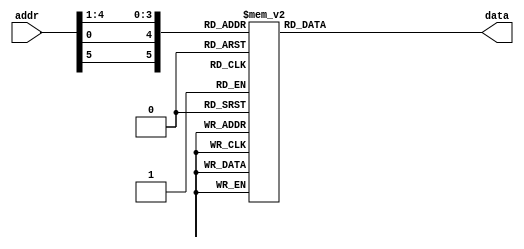
/*
 *  This file contains a collection of S-Boxes. Each one should be
 *   implemented as distributed ram.
 */
module sbox_1
    (
        input       [1:6] addr,
        output reg  [1:4] data
    );

    always @ (addr)
    begin
        case ({addr[1], addr[6], addr[2:5]})
             0:  data =  14;
             1:  data =   4;
             2:  data =  13;
             3:  data =   1;
             4:  data =   2;
             5:  data =  15;
             6:  data =  11;
             7:  data =   8;
             8:  data =   3;
             9:  data =  10;
            10:  data =   6;
            11:  data =  12;
            12:  data =   5;
            13:  data =   9;
            14:  data =   0;
            15:  data =   7;

            16:  data =   0;
            17:  data =  15;
            18:  data =   7;
            19:  data =   4;
            20:  data =  14;
            21:  data =   2;
            22:  data =  13;
            23:  data =   1;
            24:  data =  10;
            25:  data =   6;
            26:  data =  12;
            27:  data =  11;
            28:  data =   9;
            29:  data =   5;
            30:  data =   3;
            31:  data =   8;

            32:  data =   4;
            33:  data =   1;
            34:  data =  14;
            35:  data =   8;
            36:  data =  13;
            37:  data =   6;
            38:  data =   2;
            39:  data =  11;
            40:  data =  15;
            41:  data =  12;
            42:  data =   9;
            43:  data =   7;
            44:  data =   3;
            45:  data =  10;
            46:  data =   5;
            47:  data =   0;

            48:  data =  15;
            49:  data =  12;
            50:  data =   8;
            51:  data =   2;
            52:  data =   4;
            53:  data =   9;
            54:  data =   1;
            55:  data =   7;
            56:  data =   5;
            57:  data =  11;
            58:  data =   3;
            59:  data =  14;
            60:  data =  10;
            61:  data =   0;
            62:  data =   6;
            63:  data =  13;
        endcase
    end
endmodule

module sbox_2
    (
        input       [1:6] addr,
        output reg  [1:4] data
    );

    always @ (addr)
    begin
        case ({addr[1], addr[6], addr[2:5]})
             0:  data = 15;
             1:  data =  1;
             2:  data =  8;
             3:  data = 14;
             4:  data =  6;
             5:  data = 11;
             6:  data =  3;
             7:  data =  4;
             8:  data =  9;
             9:  data =  7;
            10:  data =  2;
            11:  data = 13;
            12:  data = 12;
            13:  data =  0;
            14:  data =  5;
            15:  data = 10;

            16:  data =  3;
            17:  data = 13;
            18:  data =  4;
            19:  data =  7;
            20:  data = 15;
            21:  data =  2;
            22:  data =  8;
            23:  data = 14;
            24:  data = 12;
            25:  data =  0;
            26:  data =  1;
            27:  data = 10;
            28:  data =  6;
            29:  data =  9;
            30:  data = 11;
            31:  data =  5;

            32:  data =  0;
            33:  data = 14;
            34:  data =  7;
            35:  data = 11;
            36:  data = 10;
            37:  data =  4;
            38:  data = 13;
            39:  data =  1;
            40:  data =  5;
            41:  data =  8;
            42:  data = 12;
            43:  data =  6;
            44:  data =  9;
            45:  data =  3;
            46:  data =  2;
            47:  data = 15;

            48:  data = 13;
            49:  data =  8;
            50:  data = 10;
            51:  data =  1;
            52:  data =  3;
            53:  data = 15;
            54:  data =  4;
            55:  data =  2;
            56:  data = 11;
            57:  data =  6;
            58:  data =  7;
            59:  data = 12;
            60:  data =  0;
            61:  data =  5;
            62:  data = 14;
            63:  data =  9;
        endcase
    end
endmodule

module sbox_3
    (
        input       [1:6] addr,
        output reg  [1:4] data
    );

    always @ (addr)
    begin
        case ({addr[1], addr[6], addr[2:5]})
             0:  data = 10;
             1:  data =  0;
             2:  data =  9;
             3:  data = 14;
             4:  data =  6;
             5:  data =  3;
             6:  data = 15;
             7:  data =  5;
             8:  data =  1;
             9:  data = 13;
            10:  data = 12;
            11:  data =  7;
            12:  data = 11;
            13:  data =  4;
            14:  data =  2;
            15:  data =  8;

            16:  data = 13;
            17:  data =  7;
            18:  data =  0;
            19:  data =  9;
            20:  data =  3;
            21:  data =  4;
            22:  data =  6;
            23:  data = 10;
            24:  data =  2;
            25:  data =  8;
            26:  data =  5;
            27:  data = 14;
            28:  data = 12;
            29:  data = 11;
            30:  data = 15;
            31:  data =  1;

            32:  data = 13;
            33:  data =  6;
            34:  data =  4;
            35:  data =  9;
            36:  data =  8;
            37:  data = 15;
            38:  data =  3;
            39:  data =  0;
            40:  data = 11;
            41:  data =  1;
            42:  data =  2;
            43:  data = 12;
            44:  data =  5;
            45:  data = 10;
            46:  data = 14;
            47:  data =  7;

            48:  data =  1;
            49:  data = 10;
            50:  data = 13;
            51:  data =  0;
            52:  data =  6;
            53:  data =  9;
            54:  data =  8;
            55:  data =  7;
            56:  data =  4;
            57:  data = 15;
            58:  data = 14;
            59:  data =  3;
            60:  data = 11;
            61:  data =  5;
            62:  data =  2;
            63:  data = 12;
        endcase
    end
endmodule

module sbox_4
    (
        input       [1:6] addr,
        output reg  [1:4] data
    );

    always @ (addr)
    begin
        case ({addr[1], addr[6], addr[2:5]})
             0:  data =  7;
             1:  data = 13;
             2:  data = 14;
             3:  data =  3;
             4:  data =  0;
             5:  data =  6;
             6:  data =  9;
             7:  data = 10;
             8:  data =  1;
             9:  data =  2;
            10:  data =  8;
            11:  data =  5;
            12:  data = 11;
            13:  data = 12;
            14:  data =  4;
            15:  data = 15;

            16:  data = 13;
            17:  data =  8;
            18:  data = 11;
            19:  data =  5;
            20:  data =  6;
            21:  data = 15;
            22:  data =  0;
            23:  data =  3;
            24:  data =  4;
            25:  data =  7;
            26:  data =  2;
            27:  data = 12;
            28:  data =  1;
            29:  data = 10;
            30:  data = 14;
            31:  data =  9;

            32:  data = 10;
            33:  data =  6;
            34:  data =  9;
            35:  data =  0;
            36:  data = 12;
            37:  data = 11;
            38:  data =  7;
            39:  data = 13;
            40:  data = 15;
            41:  data =  1;
            42:  data =  3;
            43:  data = 14;
            44:  data =  5;
            45:  data =  2;
            46:  data =  8;
            47:  data =  4;

            48:  data =  3;
            49:  data = 15;
            50:  data =  0;
            51:  data =  6;
            52:  data = 10;
            53:  data =  1;
            54:  data = 13;
            55:  data =  8;
            56:  data =  9;
            57:  data =  4;
            58:  data =  5;
            59:  data = 11;
            60:  data = 12;
            61:  data =  7;
            62:  data =  2;
            63:  data = 14;
        endcase
    end
endmodule

module sbox_5
    (
        input       [1:6] addr,
        output reg  [1:4] data
    );

    always @ (addr)
    begin
        case ({addr[1], addr[6], addr[2:5]})
             0:  data =  2;
             1:  data = 12;
             2:  data =  4;
             3:  data =  1;
             4:  data =  7;
             5:  data = 10;
             6:  data = 11;
             7:  data =  6;
             8:  data =  8;
             9:  data =  5;
            10:  data =  3;
            11:  data = 15;
            12:  data = 13;
            13:  data =  0;
            14:  data = 14;
            15:  data =  9;

            16:  data = 14;
            17:  data = 11;
            18:  data =  2;
            19:  data = 12;
            20:  data =  4;
            21:  data =  7;
            22:  data = 13;
            23:  data =  1;
            24:  data =  5;
            25:  data =  0;
            26:  data = 15;
            27:  data = 10;
            28:  data =  3;
            29:  data =  9;
            30:  data =  8;
            31:  data =  6;

            32:  data =  4;
            33:  data =  2;
            34:  data =  1;
            35:  data = 11;
            36:  data = 10;
            37:  data = 13;
            38:  data =  7;
            39:  data =  8;
            40:  data = 15;
            41:  data =  9;
            42:  data = 12;
            43:  data =  5;
            44:  data =  6;
            45:  data =  3;
            46:  data =  0;
            47:  data = 14;

            48:  data = 11;
            49:  data =  8;
            50:  data = 12;
            51:  data =  7;
            52:  data =  1;
            53:  data = 14;
            54:  data =  2;
            55:  data = 13;
            56:  data =  6;
            57:  data = 15;
            58:  data =  0;
            59:  data =  9;
            60:  data = 10;
            61:  data =  4;
            62:  data =  5;
            63:  data =  3;
        endcase
    end
endmodule

module sbox_6
    (
        input       [1:6] addr,
        output reg  [1:4] data
    );

    always @ (addr)
    begin
        case ({addr[1], addr[6], addr[2:5]})
             0:  data = 12;
             1:  data =  1;
             2:  data = 10;
             3:  data = 15;
             4:  data =  9;
             5:  data =  2;
             6:  data =  6;
             7:  data =  8;
             8:  data =  0;
             9:  data = 13;
            10:  data =  3;
            11:  data =  4;
            12:  data = 14;
            13:  data =  7;
            14:  data =  5;
            15:  data = 11;

            16:  data = 10;
            17:  data = 15;
            18:  data =  4;
            19:  data =  2;
            20:  data =  7;
            21:  data = 12;
            22:  data =  9;
            23:  data =  5;
            24:  data =  6;
            25:  data =  1;
            26:  data = 13;
            27:  data = 14;
            28:  data =  0;
            29:  data = 11;
            30:  data =  3;
            31:  data =  8;

            32:  data =  9;
            33:  data = 14;
            34:  data = 15;
            35:  data =  5;
            36:  data =  2;
            37:  data =  8;
            38:  data = 12;
            39:  data =  3;
            40:  data =  7;
            41:  data =  0;
            42:  data =  4;
            43:  data = 10;
            44:  data =  1;
            45:  data = 13;
            46:  data = 11;
            47:  data =  6;

            48:  data =  4;
            49:  data =  3;
            50:  data =  2;
            51:  data = 12;
            52:  data =  9;
            53:  data =  5;
            54:  data = 15;
            55:  data = 10;
            56:  data = 11;
            57:  data = 14;
            58:  data =  1;
            59:  data =  7;
            60:  data =  6;
            61:  data =  0;
            62:  data =  8;
            63:  data = 13;
        endcase
    end
endmodule

module sbox_7
    (
        input       [1:6] addr,
        output reg  [1:4] data
    );

    always @ (addr)
    begin
        case ({addr[1], addr[6], addr[2:5]})
             0:  data =  4;
             1:  data = 11;
             2:  data =  2;
             3:  data = 14;
             4:  data = 15;
             5:  data =  0;
             6:  data =  8;
             7:  data = 13;
             8:  data =  3;
             9:  data = 12;
            10:  data =  9;
            11:  data =  7;
            12:  data =  5;
            13:  data = 10;
            14:  data =  6;
            15:  data =  1;

            16:  data = 13;
            17:  data =  0;
            18:  data = 11;
            19:  data =  7;
            20:  data =  4;
            21:  data =  9;
            22:  data =  1;
            23:  data = 10;
            24:  data = 14;
            25:  data =  3;
            26:  data =  5;
            27:  data = 12;
            28:  data =  2;
            29:  data = 15;
            30:  data =  8;
            31:  data =  6;

            32:  data =  1;
            33:  data =  4;
            34:  data = 11;
            35:  data = 13;
            36:  data = 12;
            37:  data =  3;
            38:  data =  7;
            39:  data = 14;
            40:  data = 10;
            41:  data = 15;
            42:  data =  6;
            43:  data =  8;
            44:  data =  0;
            45:  data =  5;
            46:  data =  9;
            47:  data =  2;

            48:  data =  6;
            49:  data = 11;
            50:  data = 13;
            51:  data =  8;
            52:  data =  1;
            53:  data =  4;
            54:  data = 10;
            55:  data =  7;
            56:  data =  9;
            57:  data =  5;
            58:  data =  0;
            59:  data = 15;
            60:  data = 14;
            61:  data =  2;
            62:  data =  3;
            63:  data = 12;
        endcase
    end
endmodule

module sbox_8
    (
        input       [1:6] addr,
        output reg  [1:4] data
    );

    always @ (addr)
    begin
        case ({addr[1], addr[6], addr[2:5]})
             0:  data = 13;
             1:  data =  2;
             2:  data =  8;
             3:  data =  4;
             4:  data =  6;
             5:  data = 15;
             6:  data = 11;
             7:  data =  1;
             8:  data = 10;
             9:  data =  9;
            10:  data =  3;
            11:  data = 14;
            12:  data =  5;
            13:  data =  0;
            14:  data = 12;
            15:  data =  7;

            16:  data =  1;
            17:  data = 15;
            18:  data = 13;
            19:  data =  8;
            20:  data = 10;
            21:  data =  3;
            22:  data =  7;
            23:  data =  4;
            24:  data = 12;
            25:  data =  5;
            26:  data =  6;
            27:  data = 11;
            28:  data =  0;
            29:  data = 14;
            30:  data =  9;
            31:  data =  2;

            32:  data =  7;
            33:  data = 11;
            34:  data =  4;
            35:  data =  1;
            36:  data =  9;
            37:  data = 12;
            38:  data = 14;
            39:  data =  2;
            40:  data =  0;
            41:  data =  6;
            42:  data = 10;
            43:  data = 13;
            44:  data = 15;
            45:  data =  3;
            46:  data =  5;
            47:  data =  8;

            48:  data =  2;
            49:  data =  1;
            50:  data = 14;
            51:  data =  7;
            52:  data =  4;
            53:  data = 10;
            54:  data =  8;
            55:  data = 13;
            56:  data = 15;
            57:  data = 12;
            58:  data =  9;
            59:  data =  0;
            60:  data =  3;
            61:  data =  5;
            62:  data =  6;
            63:  data = 11;
        endcase
    end
endmodule